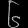
Digit: ၆